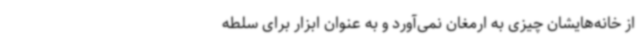
از خانه‌هایشان چیزی به ارمغان نمی‌آورد و به عنوان ابزار برای سلطه